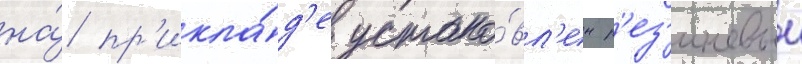
на́ пр'икла́д'е устано́вл'ен р'ез'иновыи